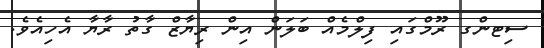
ސިޓންގ ރޫމްގައި ފިލްމެއް ބަލަން އިން ރިޔާޒް ގާތު ރާޔާ އެހިއެވެ.